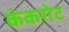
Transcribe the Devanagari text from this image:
कंकरोट